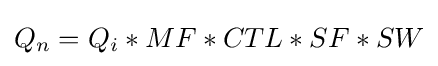
Q_{n}=Q_{i}*MF*CTL*SF*SW